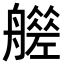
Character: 𦪮